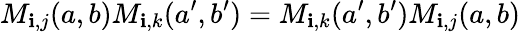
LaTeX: M_{\mathbf{i},j}(a,b)M_{\mathbf{i},k}(a^{\prime},b^{\prime})=M_{\mathbf{i},k}(a^{\prime},b^{\prime})M_{\mathbf{i},j}(a,b)